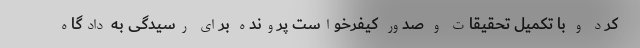
کرد و با تکمیل تحقیقات و صدور کیفرخواست پرونده برای رسیدگی به دادگاه